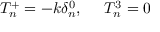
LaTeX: T _ { n } ^ { + } = - k \delta _ { n } ^ { 0 } , \ \ \ \ T _ { n } ^ { 3 } = 0